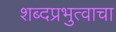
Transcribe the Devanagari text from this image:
शब्दप्रभुत्वाचा